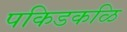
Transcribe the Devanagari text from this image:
पकिडकळि